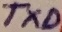
Text: TXD